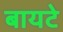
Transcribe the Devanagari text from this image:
बायटे